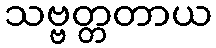
သဗ္ဗတ္တတာယ